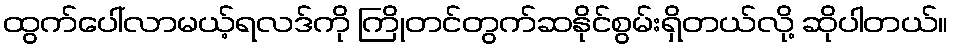
ထွက်ပေါ်လာမယ့်ရလဒ်ကို ကြိုတင်တွက်ဆနိုင်စွမ်းရှိတယ်လို့ ဆိုပါတယ်။